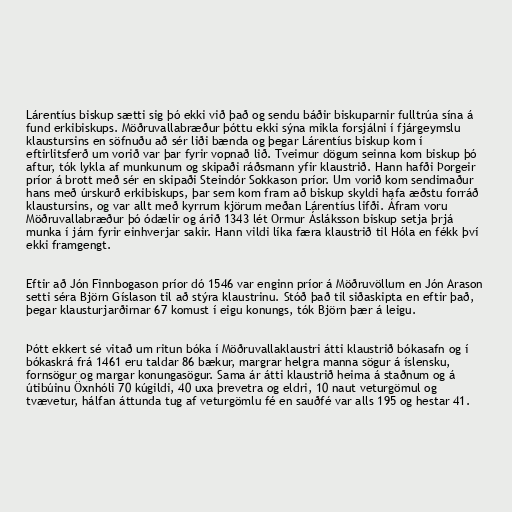
Lárentíus biskup sætti sig þó ekki við það og sendu báðir biskuparnir fulltrúa sína á
fund erkibiskups. Möðruvallabræður þóttu ekki sýna mikla forsjálni í fjárgeymslu
klaustursins en söfnuðu að sér liði bænda og þegar Lárentíus biskup kom í
eftirlitsferð um vorið var þar fyrir vopnað lið. Tveimur dögum seinna kom biskup þó
aftur, tók lykla af munkunum og skipaði ráðsmann yfir klaustrið. Hann hafði Þorgeir
príor á brott með sér en skipaði Steindór Sokkason príor. Um vorið kom sendimaður
hans með úrskurð erkibiskups, þar sem kom fram að biskup skyldi hafa æðstu forráð
klaustursins, og var allt með kyrrum kjörum meðan Lárentíus lifði. Áfram voru
Möðruvallabræður þó ódælir og árið 1343 lét Ormur Ásláksson biskup setja þrjá
munka í járn fyrir einhverjar sakir. Hann vildi líka færa klaustrið til Hóla en fékk því
ekki framgengt.

Eftir að Jón Finnbogason príor dó 1546 var enginn príor á Möðruvöllum en Jón Arason
setti séra Björn Gíslason til að stýra klaustrinu. Stóð það til siðaskipta en eftir það,
þegar klausturjarðirnar 67 komust í eigu konungs, tók Björn þær á leigu.

Þótt ekkert sé vitað um ritun bóka í Möðruvallaklaustri átti klaustrið bókasafn og í
bókaskrá frá 1461 eru taldar 86 bækur, margrar helgra manna sögur á íslensku,
fornsögur og margar konungasögur. Sama ár átti klaustrið heima á staðnum og á
útibúinu Öxnhóli 70 kúgildi, 40 uxa þrevetra og eldri, 10 naut veturgömul og
tvævetur, hálfan áttunda tug af veturgömlu fé en sauðfé var alls 195 og hestar 41.